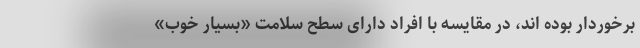
برخوردار بوده اند، در مقایسه با افراد دارای سطح سلامت «بسیار خوب»